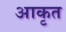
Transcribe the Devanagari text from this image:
आकृत